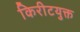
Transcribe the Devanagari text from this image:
किरीटयुक्त